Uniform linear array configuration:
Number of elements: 12
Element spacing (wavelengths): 1
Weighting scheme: binomial
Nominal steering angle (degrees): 0
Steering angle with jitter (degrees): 1.362
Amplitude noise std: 0.05
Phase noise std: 0.05

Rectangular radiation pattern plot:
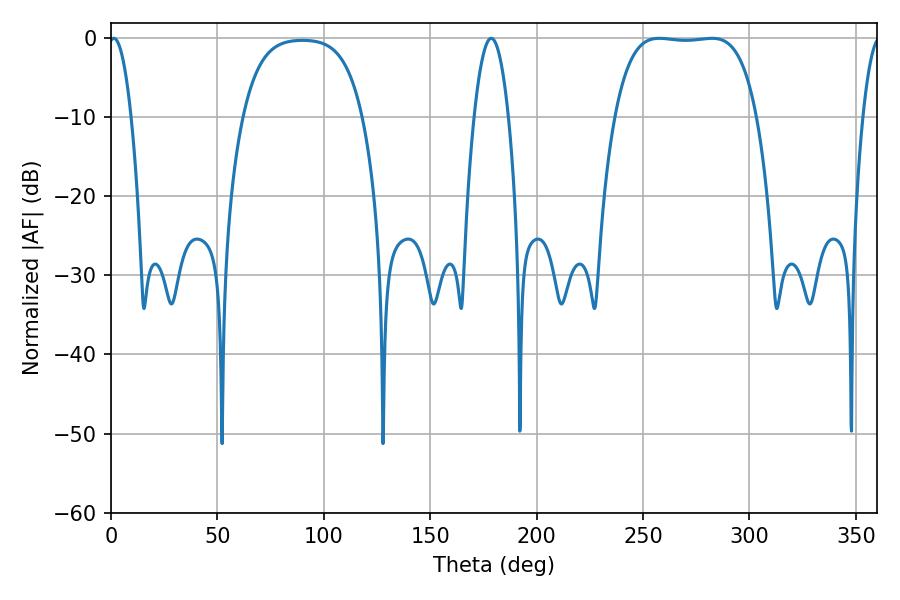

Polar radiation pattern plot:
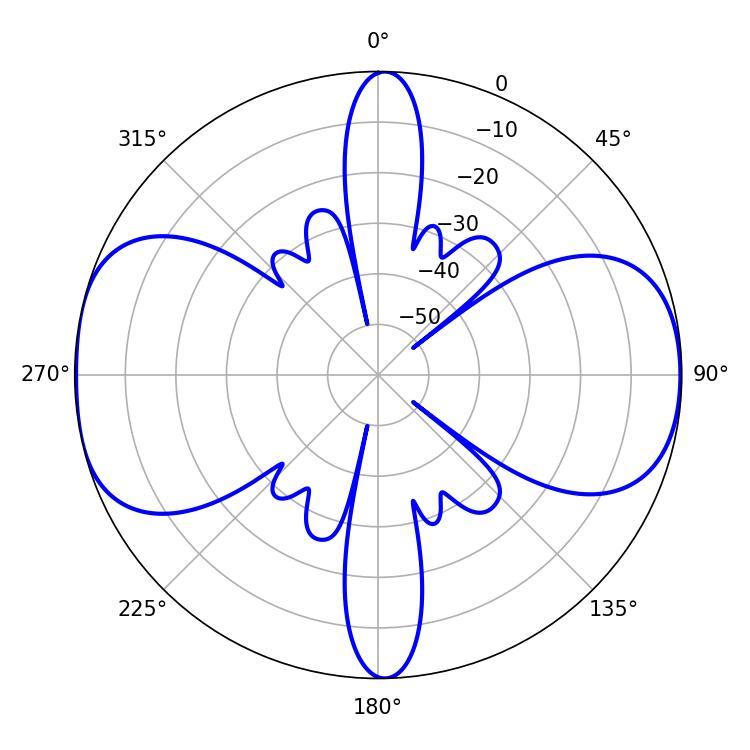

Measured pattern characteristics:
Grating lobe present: TRUE
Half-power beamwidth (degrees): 51.84
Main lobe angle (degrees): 257.58